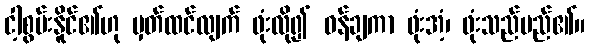
ငါ့စွမ်းနိူင်၏ဟု မှတ်ထင်လျက် ဖုံးလို၍ ဝန်ချကာ ဖုံးအံ့၊ ဖုံးသည်မည်၏။